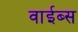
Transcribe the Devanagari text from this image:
वाईब्स